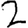
Digit: 2